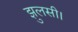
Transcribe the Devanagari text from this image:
झुलसी।